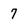
Character: 7